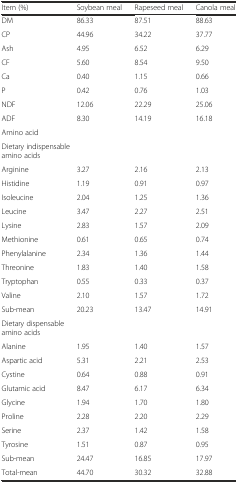
| Item (%) | Soybean meal | Rapeseed meal | Canola meal |
 | --- | --- | --- | --- |
 | DM | 86.33 | 87.51 | 88.63 |
 | CP | 44.96 | 34.22 | 37.77 |
 | Ash | 4.95 | 6.52 | 6.29 |
 | CF | 5.60 | 8.54 | 9.50 |
 | Ca | 0.40 | 1.15 | 0.66 |
 | P | 0.42 | 0.76 | 1.03 |
 | NDF | 12.06 | 22.29 | 25.06 |
 | ADF | 8.30 | 14.19 | 16.18 |
 | Amino acid |  |  |  |
 | <COLSPAN=4> Dietary indispensable amino acids |
 | Arginine | 3.27 | 2.16 | 2.13 |
 | Histidine | 1.19 | 0.91 | 0.97 |
 | Isoleucine | 2.04 | 1.25 | 1.36 |
 | Leucine | 3.47 | 2.27 | 2.51 |
 | Lysine | 2.83 | 1.57 | 2.09 |
 | Methionine | 0.61 | 0.65 | 0.74 |
 | Phenylalanine | 2.34 | 1.36 | 1.44 |
 | Threonine | 1.83 | 1.40 | 1.58 |
 | Tryptophan | 0.55 | 0.33 | 0.37 |
 | Valine | 2.10 | 1.57 | 1.72 |
 | Sub-mean | 20.23 | 13.47 | 14.91 |
 | Dietary dispensable amino acids |  |  |  |
 | Alanine | 1.95 | 1.40 | 1.57 |
 | Aspartic acid | 5.31 | 2.21 | 2.53 |
 | Cystine | 0.64 | 0.88 | 0.91 |
 | Glutamic acid | 8.47 | 6.17 | 6.34 |
 | Glycine | 1.94 | 1.70 | 1.80 |
 | Proline | 2.28 | 2.20 | 2.29 |
 | Serine | 2.37 | 1.42 | 1.58 |
 | Tyrosine | 1.51 | 0.87 | 0.95 |
 | Sub-mean | 24.47 | 16.85 | 17.97 |
 | Total-mean | 44.70 | 30.32 | 32.88 |